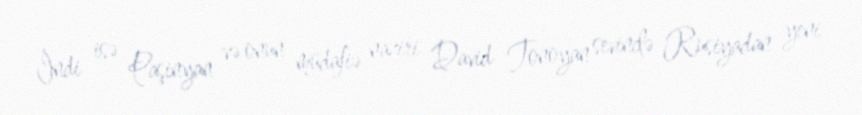
İndi isə Paşinyan və onun müdafiə naziri David Tonoyan sevinclə Rusiyadan yeni